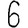
Digit: 6